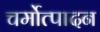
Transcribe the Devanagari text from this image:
चर्मोत्पादन